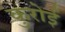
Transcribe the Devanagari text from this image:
कुरोई